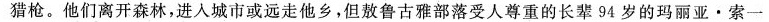
猎枪。他们离开森林，进入城市或远走他乡，但敖鲁古雅部落受人尊重的长辈94岁的玛丽亚·索一